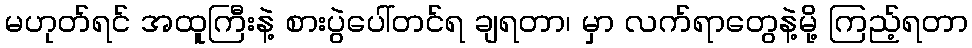
မဟုတ်ရင် အထူကြီးနဲ့ စားပွဲပေါ်တင်ရ ချရတာ၊ မှာ လက်ရာတွေနဲ့မို့ ကြည့်ရတာ